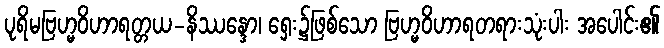
ပုရိမဗြဟ္မဝိဟာရတ္တယ-နိဿန္ဒော၊ ရှေး၌ဖြစ်သော ဗြဟ္မဝိဟာရတရားသုံးပါး အပေါင်း၏